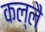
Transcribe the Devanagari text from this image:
कल्लै